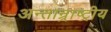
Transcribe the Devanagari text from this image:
अन्तान्र्राष्ट्रीय